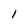
Character: I